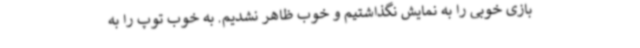
بازی خوبی را به نمایش نگذاشتیم و خوب ظاهر نشدیم. به خوب توپ را به